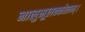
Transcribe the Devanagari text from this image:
नालुमूलक्कोलम्।